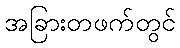
အခြားတဖက်တွင်